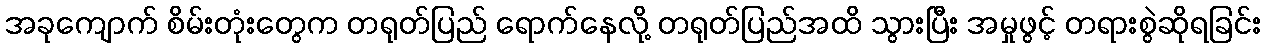
အခုကျောက် စိမ်းတုံးတွေက တရုတ်ပြည် ရောက်နေလို့ တရုတ်ပြည်အထိ သွားပြီး အမှုဖွင့် တရားစွဲဆိုရခြင်း